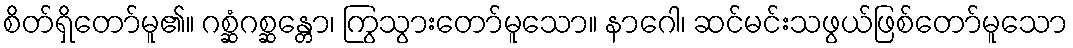
စိတ်ရှိတော်မူ၏။ ဂစ္ဆံဂစ္ဆန္တော၊ ကြွသွားတော်မူသော။ နာဂေါ၊ ဆင်မင်းသဖွယ်ဖြစ်တော်မူသော